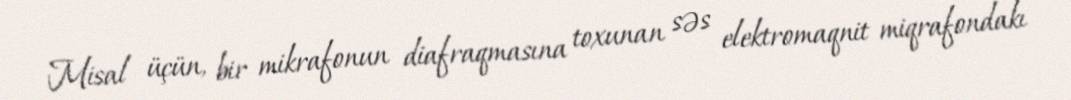
Misal üçün, bir mikrafonun diafraqmasına toxunan səs elektromaqnit miqrafondakı